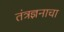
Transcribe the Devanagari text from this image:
तंत्रज्ञनाचा